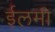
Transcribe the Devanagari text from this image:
ईलमी